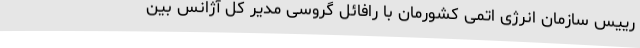
رییس سازمان انرژی اتمی کشورمان با رافائل گروسی مدیر کل آژانس بین